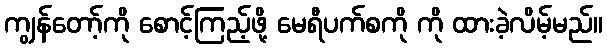
ကျွန်တော့်ကို စောင့်ကြည့်ဖို့ မေရီပက်စကို ကို ထားခဲ့လိမ့်မည်။